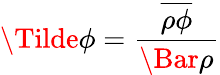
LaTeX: \Tilde{\phi}=\frac{\overline{{\rho\phi}}}{\Bar{\rho}}